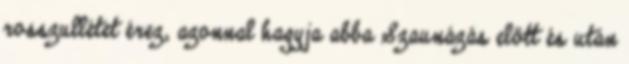
rosszullétet érez, azonnal hagyja abba Szaunázás előtt és után